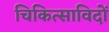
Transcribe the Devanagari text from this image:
चिकित्साविदों